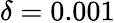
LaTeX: \delta=0.001